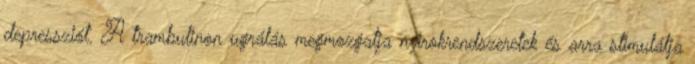
depressziót. A trambulinon ugrálás megmozgatja nyirokrendszeretek és arra stimulálja